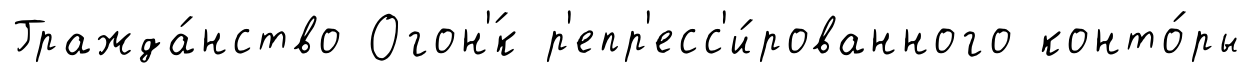
Гражда́нство Огон'́к р'епр'есс'и́рованного конто́ры